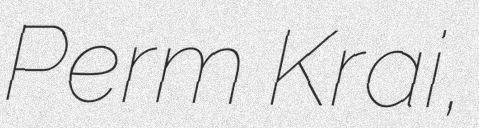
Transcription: Perm Krai,